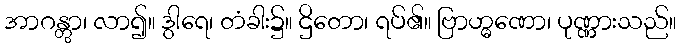
အာဂန္တွာ၊ လာ၍။ ဒွါရေ၊ တံခါး၌။ ဌိတော၊ ရပ်၏။ ဗြာဟ္မဏော၊ ပုဏ္ဏားသည်။